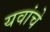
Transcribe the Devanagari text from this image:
यवांचे